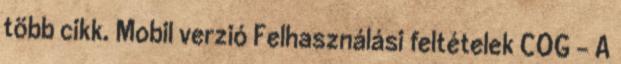
több cikk. Mobil verzió Felhasználási feltételek COG - A